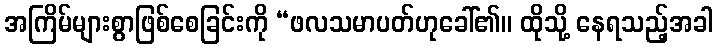
အကြိမ်များစွာဖြစ်စေခြင်းကို “ဖလသမာပတ်ဟုခေါ်၏။ ထိုသို့ နေရသည့်အခါ